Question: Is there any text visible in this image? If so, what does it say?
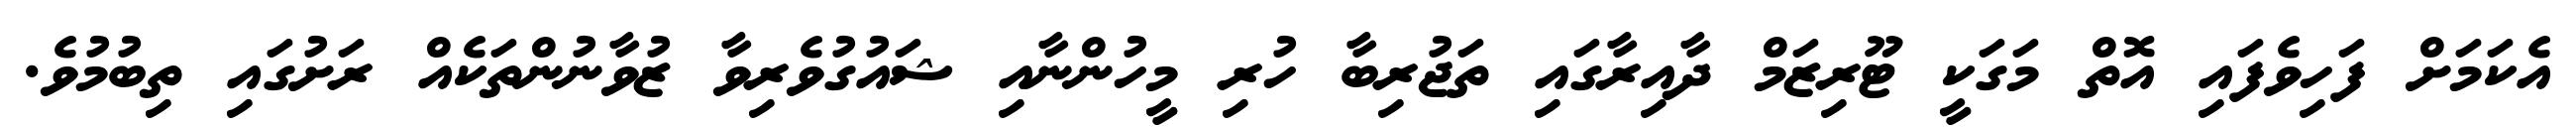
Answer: އެކަމަށް ފަހިވެފައި އޮތް މަގަކީ ޓޫރިޒަމް ދާއިރާގައި ތަޖުރިބާ ހުރި މީހުންނާއި ޝައުގުވެރިވާ ޒުވާނުންތަކެއް ރަށުގައި ތިބުމުވެ.